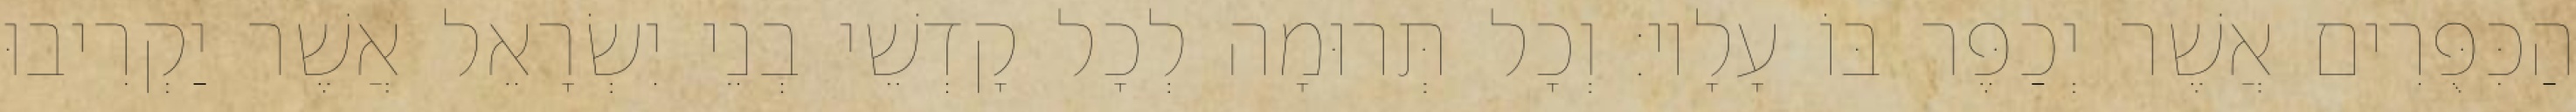
הַכִּפֻּרִים אֲשֶׁר יְכַפֶּר בּוֹ עָלָיו׃ וְכָל תְּרוּמָה לְכָל קָדְשֵׁי בְנֵי יִשְׂרָאֵל אֲשֶׁר יַקְרִיבוּ